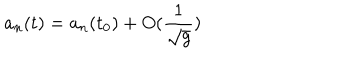
a _ { n } ( t ) = a _ { n } ( t _ { 0 } ) + O ( \frac { 1 } { \sqrt { g } } )